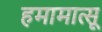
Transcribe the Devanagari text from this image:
हमामात्सू